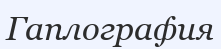
Гаплография